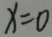
x = 0